Annual report of the Civil Veterinary Department, Bengal, and of the Bengal Veterinary College for the year 1904-1905 - 1904-1905
Year: 1904
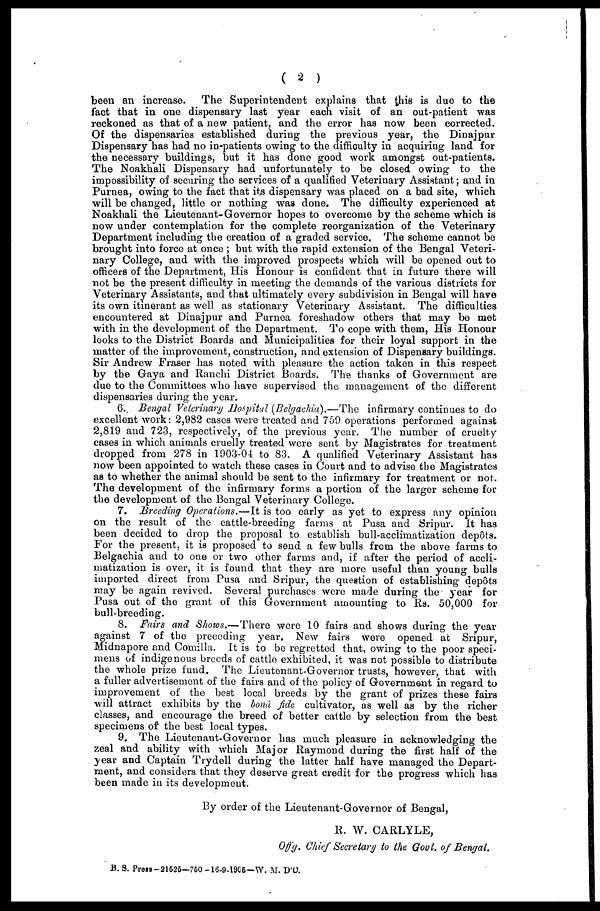
( 2 )
been an increase.
The Superintendent explains that this is due to the
fact that in one dispensary last year each visit of an out-patient was
reckoned as that of a new patient, and the error has now been corrected.
Of the dispensaries established during the previous year, the Dinajpur
Dispensary has had no in-patients owing to the difficulty in acquiring land for
the necessary buildings, but it has done good work amongst out-patients.
The Noakhali Dispensary had unfortunately to be closed owing to the
impossibility of securing the services of a qualified Veterinary Assistant ; and in
Purnea, owing to the fact that its dispensary was placed on a bad site, which
will be changed, little or nothing was done. The difficulty experienced at
Noakhali the Lieutenant-Governor hopes to overcome by the scheme which is
now under contemplation for the complete reorganization of the Veterinary
Department including the creation of a graded service. The scheme cannot be
brought into force at once ; but with the rapid extension of the Bengal Veteri-
nary College, and with the improved prospects which will be opened out to
officers of the Department, His Honour is confident that in future there will
not be the present difficulty in meeting the demands of the various districts for
Veterinary Assistants, and that ultimately every subdivision in Bengal will have
its own itinerant as well as stationary Veterinary Assistant. The difficulties
encountered at Dinajpur and Purnea foreshadow others that may be met
with in the development of the Department. To cope with them, His Honour
looks to the District Boards and Municipalities for their loyal support in the
matter of the improvement, construction, and extension of Dispensary buildings.
Sir Andrew Fraser has noted with pleasure the action taken in this respect
by the Gaya and Ranchi District Boards. The thanks of Government are
due to the Committees who have supervised the management of the different
dispensaries during the year.
6. Bengal Veterinary Hospital (Belgachia).—The
infirmary continues to do
excellent work : 2,982 cases were treated and 759 operations performed against
2,819 and 723, respectively, of the previous year. The number of cruelty
cases in which animals cruelly treated were sent by Magistrates for treatment
dropped from 278 in 1903-04 to 83. A qualified Veterinary Assistant has
now been appointed to watch these cases in Court and to advise the Magistrates
as to whether the animal should be sent to the infirmary for treatment or not.
The development of the infirmary forms a portion of the larger scheme for
the development of the Bengal Veterinary College.
7. Breeding Operations.—It is too early as yet to express any opinion
on the result of the cattle-breeding farms at Pusa and Sripur. It has
been decided to drop the proposal to establish bull-acclimatization dep6ts.
For the present, it is proposed to send a few bulls from the above farms to
Belgachia and to one or two other farms and, if after the period of accli-
matization is over, it is found that they are more useful than young bulls
imported direct from Pusa and Sripur, the question of establishing depôts
may be again revived. Several purchases were made during the year for
Pusa out of the grant of this Government amounting to Rs. 50,000 for
bull-breeding.
8. Fairs and Shows.—There
were 10 fairs and shows during the year
against 7 of the preceding year. New fairs were opened at Sripur,
Midnapore and Comilla. It is to be regretted that, owing to the poor speci-
mens of indigenous breeds of cattle exhibited, it was not possible to distribute
the whole prize fund. The Lieutenant-Governor trusts, however, that with
a fuller advertisement of the fairs and of the policy of Government in regard to
improvement of the best local breeds by the grant of prizes these fairs
will attract exhibits by the bond fide cultivator, as well as by the richer
classes, and encourage the breed of better cattle by selection from the best
specimens of the best local types.
9. The Lieutenant-Governor has much pleasure in acknowledging the
zeal and ability with which Major Raymond during the first half of the
year and Captain Trydell during the latter half have managed the Depart-
ment, and considers that they deserve great credit for the progress which has
been made in its development.
By order of the Lieutenant-Governor of Bengal,
R. W. CARLYLE,
Offg. Chief Secretary to the Govt. of Bengal.
B. S. Press-21525—750-16-9-1905—W. M. D'O.